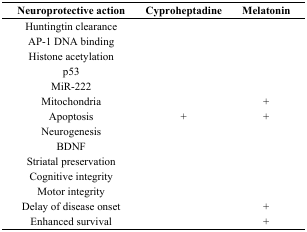
<table><thead><tr><td><b>Neuroprotective action</b></td><td><b>Cyproheptadine</b></td><td><b>Melatonin</b></td></tr></thead><tbody><tr><td>Huntingtin clearance</td><td></td><td></td></tr><tr><td>AP-1 DNA binding</td><td></td><td></td></tr><tr><td>Histone acetylation</td><td></td><td></td></tr><tr><td>p53</td><td></td><td></td></tr><tr><td>MiR-222</td><td></td><td></td></tr><tr><td>Mitochondria</td><td></td><td>+</td></tr><tr><td>Apoptosis</td><td>+</td><td>+</td></tr><tr><td>Neurogenesis</td><td></td><td></td></tr><tr><td>BDNF</td><td></td><td></td></tr><tr><td>Striatal preservation</td><td></td><td></td></tr><tr><td>Cognitive integrity</td><td></td><td></td></tr><tr><td>Motor integrity</td><td></td><td></td></tr><tr><td>Delay of disease onset</td><td></td><td>+</td></tr><tr><td>Enhanced survival</td><td></td><td>+</td></tr></tbody></table>